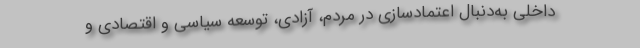
داخلی به‌دنبال اعتمادسازی در مردم، آزادی‌، توسعه سیاسی و اقتصادی و